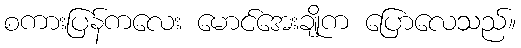
စကားပြန်ကလေး မောင်အေးချိုက ပြောလေသည်။